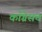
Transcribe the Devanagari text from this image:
काँग्रेसच